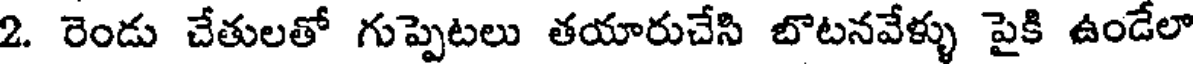
2. రెండు చేతులతో గుప్పెటలు తయారుచేసి బొటనవేళ్ళు పైకి ఉండేలా